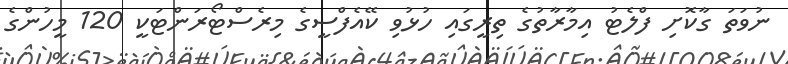
ނުވަތަ ގާކޮށި ފްލެޓު އިމާރާތުގެ ތިރީގައި ހުޅުވި ކޭއެފްސީގެ މިރެސްޓޯރަންޓަކީ 120 މީހުންގެ